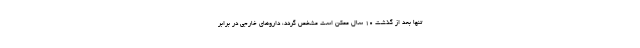
تنها بعد از گذشت 10 سال ممکن است مشخص گردد، داروهای خارجی در برابر